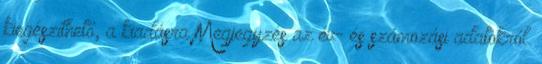
kiegészíthető, a kiadásra Megjegyzés az év- és számozási adatokról.